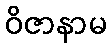
ဝိဇာနာမ